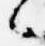
々